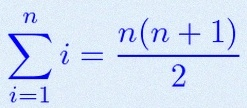
\sum_{i=1}^{n}i=\frac{n(n+1)}2